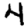
Digit: 4